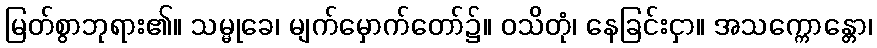
မြတ်စွာဘုရား၏။ သမ္မုခေ၊ မျက်မှောက်တော်၌။ ဝသိတုံ၊ နေခြင်းငှာ။ အသက္ကောန္တော၊